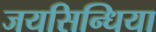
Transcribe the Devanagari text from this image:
जयसिन्धिया